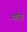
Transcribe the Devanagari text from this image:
मगौत